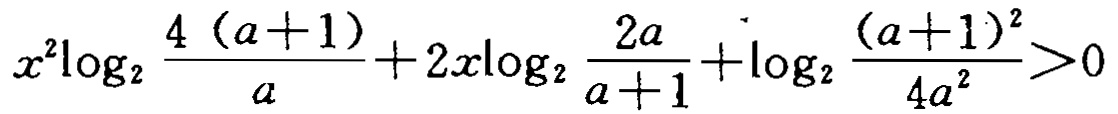
\(x^{2}\log _{2}\frac{4(a + 1)}{a}+2x\log _{2}\frac{2a}{a + 1}+\log _{2}\frac{(a + 1)^{2}}{4a^{2}}>0\)